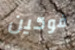
فوكين